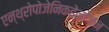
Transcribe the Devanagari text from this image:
एन्थ्रोपोजेनिकहेलोजन